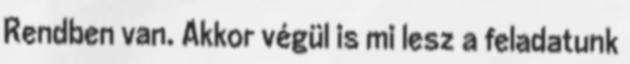
Rendben van. Akkor végül is mi lesz a feladatunk